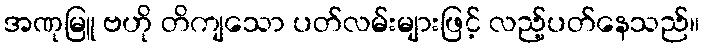
အဏုမြူ ဗဟို တိကျသော ပတ်လမ်းများဖြင့် လည့်ပတ်နေသည်။